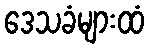
ဒေသခံများထံ